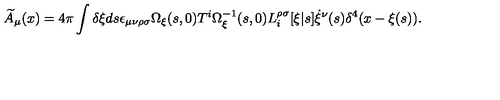
\widetilde { A } _ { \mu } ( x ) = 4 \pi \int \delta \xi d s \epsilon _ { \mu \nu \rho \sigma } { \Omega } _ { \xi } ( s , 0 ) T ^ { i } { \Omega } _ { \xi } ^ { - 1 } ( s , 0 ) L _ { i } ^ { \rho \sigma } [ \xi | s ] \dot { \xi } ^ { \nu } ( s ) \delta ^ { 4 } ( x - \xi ( s ) ) .